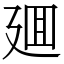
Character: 廽